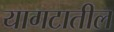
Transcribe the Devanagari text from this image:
यागटातील